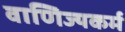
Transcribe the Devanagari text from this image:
वाणिज्यकर्म